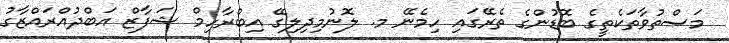
މަސްތުވާތަކެތީގެ ބޮޑުންގެ ތެރޭގައި ހިމެނޭ މ. ލޮނުމިދިލިގޭ އިބްރާހިމް ޝަފާޒް އަބްދުއްރައްޒާގު